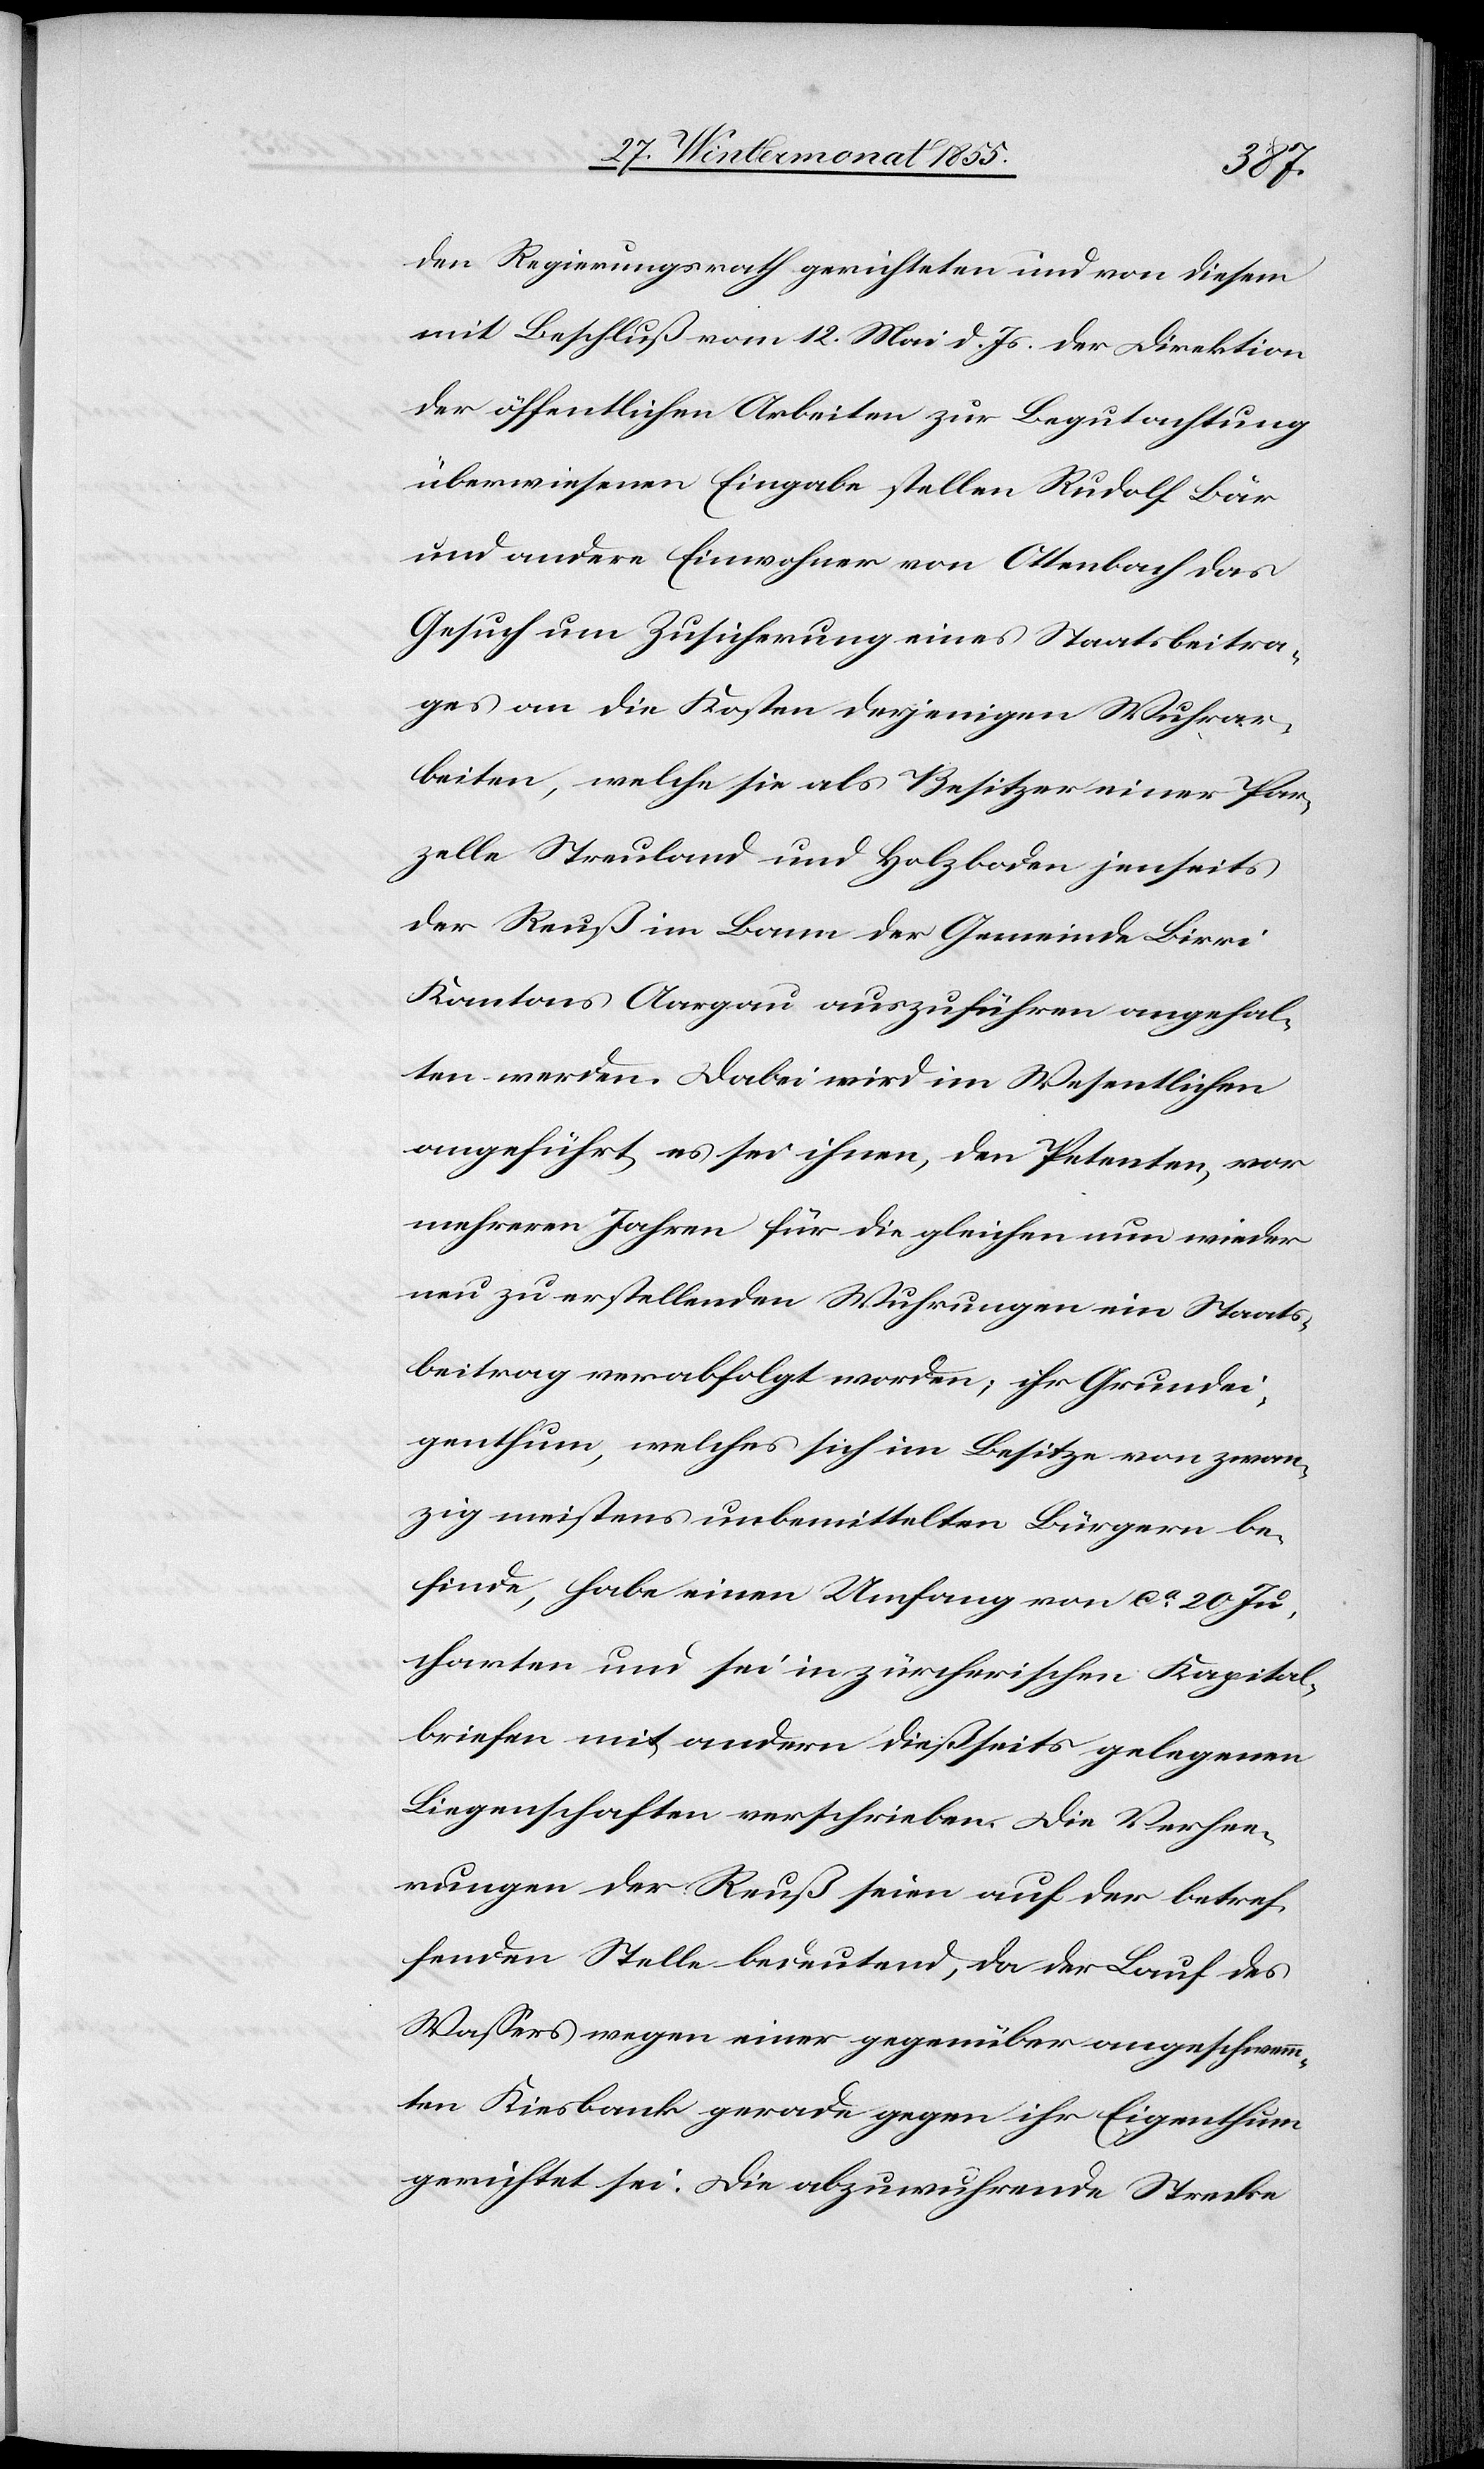
den Regierungsrath gerichteten und von diesem
mit Beschluß vom 12. Mai d. Js. der Direktion
der öffentlichen Arbeiten zur Begutachtung
überwiesenen Eingabe stellen Rudolf Bär
und andere Einwohner von Ottenbach das
Gesuch um Zusicherung eines Staatsbeitra¬
ges an die Kosten derjenigen Wuhrar¬
beiten, welche sie als Besitzer einer Par¬
zelle Streuland und Holzboden jenseits
der Reuß im Bann der Gemeinde Birri
Kantons Aargau auszuführen angehal¬
ten werden. Dabei wird im Wesentlichen
angeführt es sei ihnen, den Petenten, vor
mehreren Jahren für die gleichen nun wieder
neu zu erstellenden Wuhrungen ein Staats¬
beitrag verabfolgt worden; ihr Grundei¬
genthum, welches sich im Besitze von zwan¬
zig meistens unbemittelten Bürgern be¬
finde, habe einen Umfang von ca. 20 Ju¬
charten und sei in zürcherischen Kapital¬
briefen mit andern dießseits gelegenen
Liegenschaften verschrieben. Die Verhee¬
rungen der Reuß seien auf der betref¬
fenden Stelle bedeutend, da der Lauf des
Wassers wegen einer gegenüber angeschwemm¬
ten Kiesbank gerade gegen ihr Eigenthum
gerichtet sei. Die abzuwuhrende Strecke